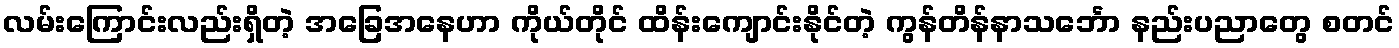
လမ်းကြောင်းလည်းရှိတဲ့ အခြေအနေဟာ ကိုယ်တိုင် ထိန်းကျောင်းနိုင်တဲ့ ကွန်တိန်နာသင်္ဘော နည်းပညာတွေ စတင်